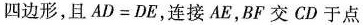
四边形，且$$A D = D E $$，连接AE，BF交CD于点